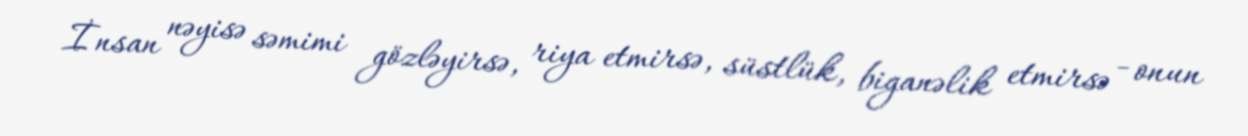
İnsan nəyisə səmimi gözləyirsə, riya etmirsə, süstlük, biganəlik etmirsə - onun